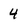
Character: 4